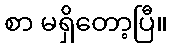
စာ မရှိတော့ပြီ။